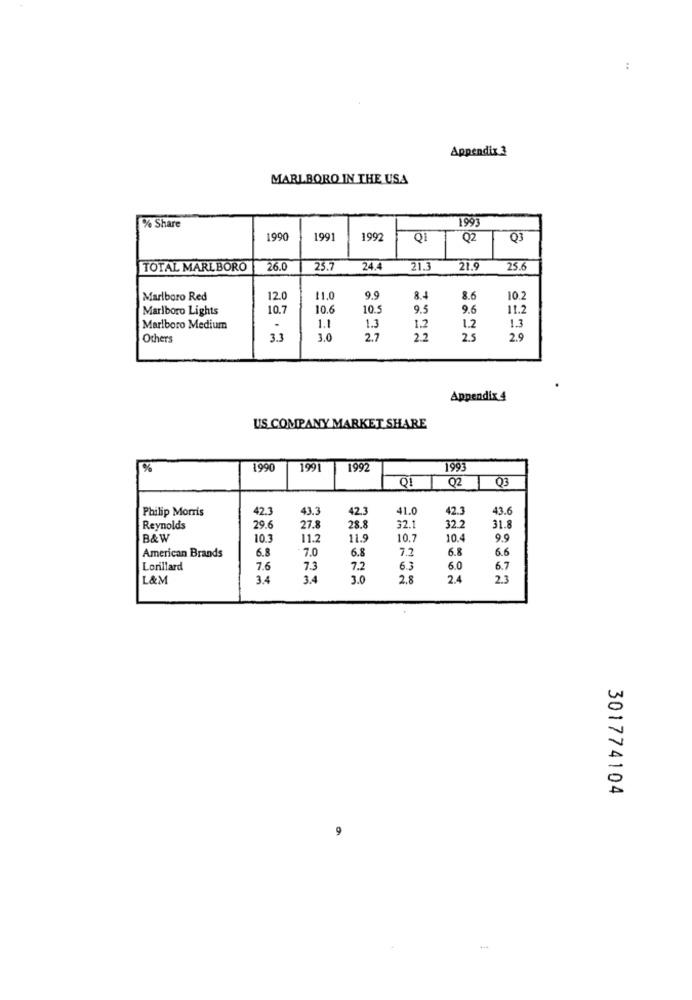
:
Appendix 3
MARLBORO IN THE USA
1993
% Share
1990
1991
1992
QI
Q2
TOTAL MARLBORO
26.0
25.7
24.4
21.3
21.9
25.6
Marlboro Red
12.0
11.0
9.9
8.4
8.6
10.2
Marlboro Lights
10.7
10.6
10.5
9.5
9.6
11.2
1.3
1.3
Marlboro Medium
1.1
1.2
1.2
Others
3.3
3.0
2.7
2.2
25
2.9
Appendix 4
US COMPANY MARKET SHARE
%
1990
1991
1992
1993
Q2
Q3
Philip Morris
42.3
43.3
42.3
41.0
42.3
43.6
Reynolds
29.6
27.
28.8
32.1
32.2
31.8
B&W
10.3
11.2
11.9
10.
10.4
9.9
6.8
7.0
6.8
7.2
6.8
6.6
American Brands
Lorillard
7.6
7.3
7.2
6.3
6.0
6.7
L&M
3.4
3.4
3.0
2.8
2.4
23
301774104
9